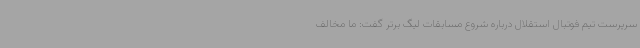
سرپرست تیم فوتبال استقلال درباره شروع مسابقات لیگ برتر گفت: ما مخالف